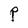
Character: P